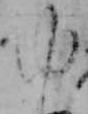
ゆ